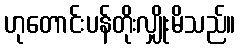
ဟုတောင်းပန်တိုးလျှိုးမိသည်။